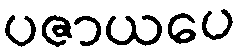
ပဇာယပေ